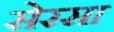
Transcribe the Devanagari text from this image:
सेरसा